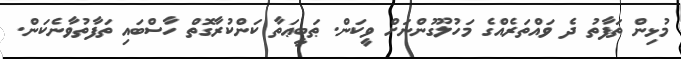
މުޅިން ތަފާތު ދެ ވައްތަރެއްގެ މަހުލޫގުންނަށް ވީކަން. ޠަބީޢަތާ ކަންކުރާގޮތް ހާސްބައި ތަފާތުވާނެކަން.